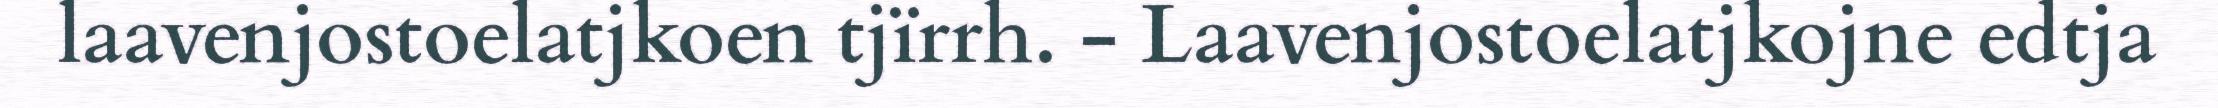
laavenjostoelatjkoen tjïrrh. - Laavenjostoelatjkojne edtja